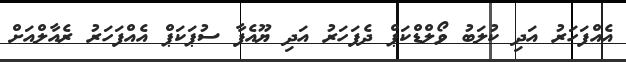
އެއްފަހަރު އަދި ކުލަބު ވޯލްޑްކަޕް ދެފަހަރު އަދި ޔޫއެފާ ސުޕަކަޕް އެއްފަހަރު ރެއާލްއަށް